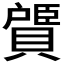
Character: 𫎠